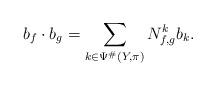
LaTeX: \begin{align*} b_f\cdot b_g = \sum_{k\in\Psi^{\#}(Y,\pi)}N_{f,g}^kb_k.\end{align*}